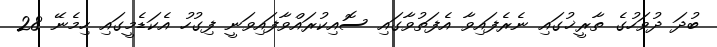
ބުދަ ދުވަހުގެ ތާރީޚުގައި ނެރެފައިވާ އެފަތުވާގައި ސޮއިކުރައްވާފައިވަނީ ފިގުހު އެކަޑެމީގައި ހިމެނޭ 28